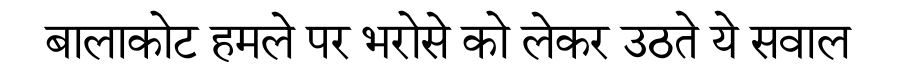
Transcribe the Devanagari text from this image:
बालाकोट हमले पर भरोसे को लेकर उठते ये सवाल